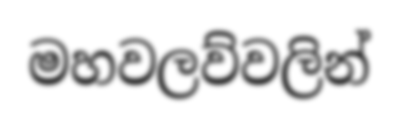
මහවලව්වලින්